Report on sanitation, dispensaries, and jails in Rajputana for 1920, and on vaccination for the year 1920-1921 - 1920-1921
Year: 1920
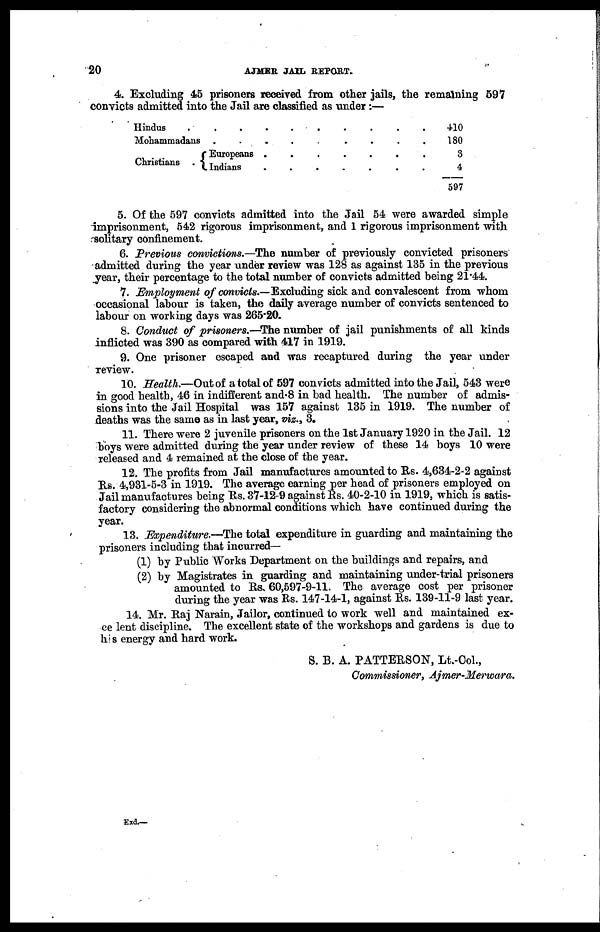
20
AJMER JAIL REPORT.
4. Excluding 45 prisoners received from other jails, the remaining 597
convicts admitted into the Jail are classified as under:—
Hindus . . . . .
Mohammadans
.
.
.
.
Christians
.
Europeans . . . .
Indians . . . . .
410
180
3
4
597
5. Of the 597 convicts admitted into the Jail 54 were awarded simple
imprisonment, 542 rigorous imprisonment, and 1 rigorous imprisonment with
solitary confinement.
6. Previous convictions.—The number of previously convicted prisoners
admitted during the year under review was 128 as against 135 in the previous
year, their percentage to the total number of convicts admitted being 21.44.
7. Employment of convicts.—Excluding sick and convalescent from whom
occasional labour is taken, the daily average number of convicts sentenced to
labour on working days was 265.20.
8. Conduct of prisoners.—The number of jail punishments of all kinds
inflicted was 390 as compared with 417 in 1919.
9. One prisoner escaped and was recaptured during the year under
review.
10. Health.—Out of a total of 597 convicts admitted into the Jail, 543 were
in good health, 46 in indifferent and 8 in bad health. The number of admis-
sions into the Jail Hospital was 157 against 135 in 1919. The number of
deaths was the same as in last year, viz., 3.
11. There were 2 juvenile prisoners on the 1st January 1920 in the Jail. 12
boys were admitted during the year under review of these 14 boys 10 were
released and 4 remained at the close of the year.
12. The profits from Jail manufactures amounted to Rs. 4,634-2-2 against
Rs. 4,931-5-3 in 1919. The average earning per head of prisoners employed on
Jail manufactures being Rs. 37-12-9 against Rs. 40-2-10 in 1919, which is satis-
factory considering the abnormal conditions which have continued during the
year.
13. Expenditure.—The total expenditure in guarding and maintaining the
prisoners including that incurred—
(1) by Public Works Department on the buildings and repairs, and
(2) by Magistrates in guarding and maintaining under-trial prisoners
amounted to Rs. 60,597-9-11. The average cost per prisoner
during the year was Rs. 147-14-1, against Rs. 139-11-9 last year.
14. Mr. Raj Narain, Jailor, continued to work well and maintained ex-
ce lent discipline. The excellent state of the workshops and gardens is due to
his energy and hard work.
S. B. A. PATTERSON, Lt.-Col.,
Commissioner, Ajmer-Merwara.
Exd.—